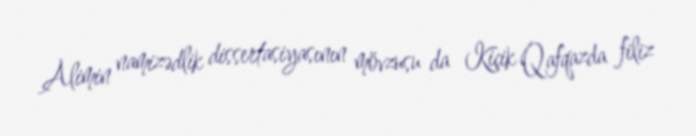
Alimin namizədlik dissertasiyasının mövzusu da Kiçik Qafqazda filiz